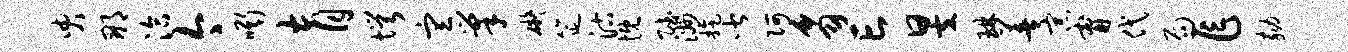
臾那洽今嘶育愕宣巢碍筵沽慨赋洲旋皆阿豸亡昱琳善宗甯代局乍劾